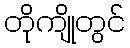
တိုကျိုတွင်